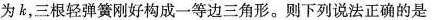
为k，三根轻弹簧刚好构成一等边三角形。则下列说法正确的是